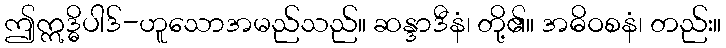
ဤဣဒ္ဓိပါဒ်-ဟူသောအမည်သည်။ ဆန္ဒာဒီနံ၊ တို့၏။ အဓိဝစနံ၊ တည်း။